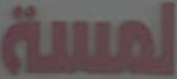
لمسة